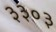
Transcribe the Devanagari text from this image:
३३०३